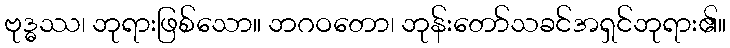
ဗုဒ္ဓဿ၊ ဘုရားဖြစ်သော။ ဘဂဝတော၊ ဘုန်းတော်သခင်အရှင်ဘုရား၏။